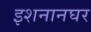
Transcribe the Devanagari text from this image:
इशनानघर